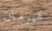
هيرمان